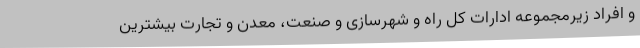
و افراد زیرمجموعه ادارات کل راه و شهرسازی و صنعت، معدن و تجارت بیشترین